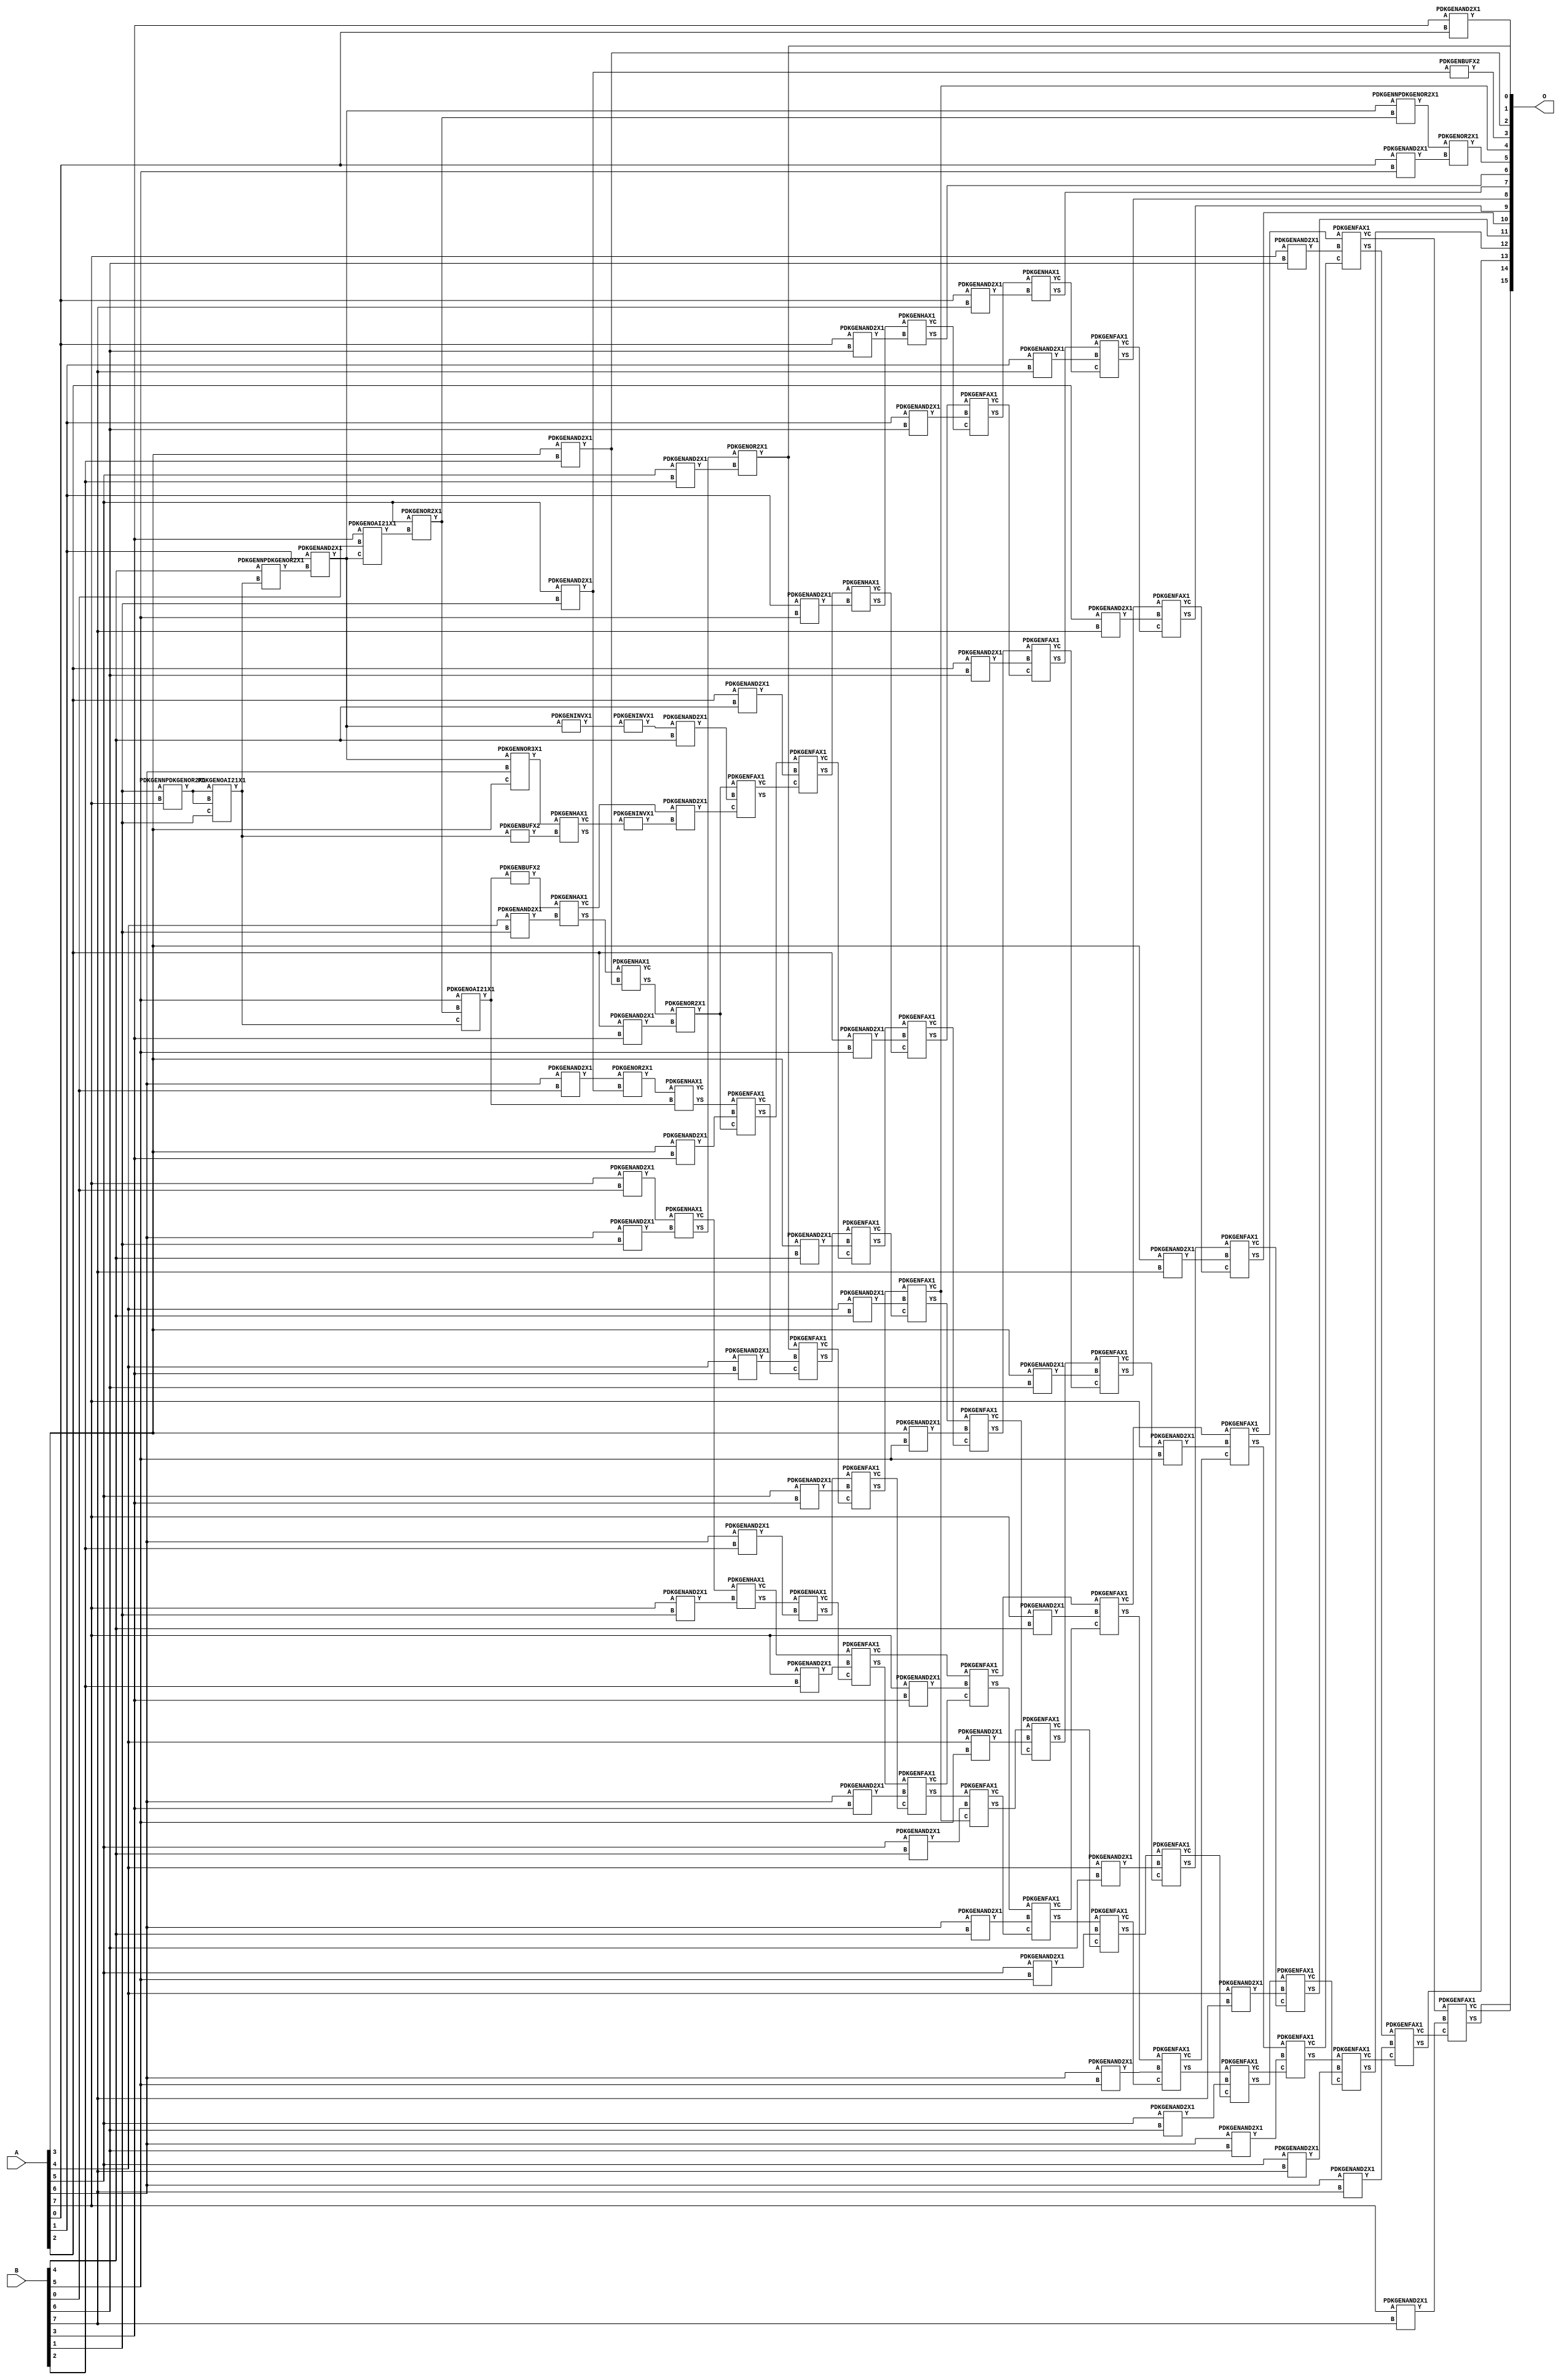
// Library = EvoApprox8b
// Circuit = mul8_390
// Area   (180) = 6845
// Delay  (180) = 4.890
// Power  (180) = 3315.30
// Area   (45) = 500
// Delay  (45) = 1.780
// Power  (45) = 288.90
// Nodes = 111
// HD = 254183
// MAE = 68.21143
// MSE = 10043.36719
// MRE = 1.97 %
// WCE = 460
// WCRE = 112 %
// EP = 94.2 %

module mul8_390(A, B, O);
  input [7:0] A;
  input [7:0] B;
  output [15:0] O;
  wire [2031:0] N;

  assign N[0] = A[0];
  assign N[1] = A[0];
  assign N[2] = A[1];
  assign N[3] = A[1];
  assign N[4] = A[2];
  assign N[5] = A[2];
  assign N[6] = A[3];
  assign N[7] = A[3];
  assign N[8] = A[4];
  assign N[9] = A[4];
  assign N[10] = A[5];
  assign N[11] = A[5];
  assign N[12] = A[6];
  assign N[13] = A[6];
  assign N[14] = A[7];
  assign N[15] = A[7];
  assign N[16] = B[0];
  assign N[17] = B[0];
  assign N[18] = B[1];
  assign N[19] = B[1];
  assign N[20] = B[2];
  assign N[21] = B[2];
  assign N[22] = B[3];
  assign N[23] = B[3];
  assign N[24] = B[4];
  assign N[25] = B[4];
  assign N[26] = B[5];
  assign N[27] = B[5];
  assign N[28] = B[6];
  assign N[29] = B[6];
  assign N[30] = B[7];
  assign N[31] = B[7];

  PDKGENNPDKGENOR2X1 n32(.A(N[18]), .B(N[14]), .Y(N[32]));
  assign N[33] = N[32];
  PDKGENOAI21X1 n34(.A(N[33]), .B(N[32]), .C(N[18]), .Y(N[34]));
  assign N[35] = N[34];
  PDKGENNPDKGENOR2X1 n38(.A(N[24]), .B(N[34]), .Y(N[38]));
  PDKGENAND2X1 n40(.A(N[2]), .B(N[38]), .Y(N[40]));
  assign N[41] = N[40];
  PDKGENOAI21X1 n46(.A(N[22]), .B(N[16]), .C(N[41]), .Y(N[46]));
  PDKGENNOR3X1 n64(.A(N[41]), .B(N[12]), .C(N[6]), .Y(N[64]));
  assign N[65] = N[64];
  PDKGENINVX1 n68(.A(N[41]), .Y(N[68]));
  assign N[69] = N[68];
  PDKGENOR2X1 n74(.A(N[10]), .B(N[46]), .Y(N[74]));
  PDKGENAND2X1 n82(.A(N[6]), .B(N[20]), .Y(N[82]));
  assign N[83] = N[82];
  PDKGENOAI21X1 n102(.A(N[26]), .B(N[74]), .C(N[35]), .Y(N[102]));
  assign N[103] = N[102];
  PDKGENBUFX2 n114(.A(N[103]), .Y(N[114]));
  PDKGENAND2X1 n132(.A(N[12]), .B(N[16]), .Y(N[132]));
  PDKGENBUFX2 n134(.A(N[35]), .Y(N[134]));
  PDKGENAND2X1 n148(.A(N[14]), .B(N[16]), .Y(N[148]));
  PDKGENHAX1 n168(.A(N[65]), .B(N[134]), .YS(N[168]), .YC(N[169]));
  PDKGENNPDKGENOR2X1 n180(.A(N[41]), .B(N[74]), .Y(N[180]));
  assign N[181] = N[180];
  PDKGENAND2X1 n182(.A(N[22]), .B(N[0]), .Y(N[182]));
  PDKGENAND2X1 n232(.A(N[8]), .B(N[18]), .Y(N[232]));
  PDKGENAND2X1 n248(.A(N[10]), .B(N[18]), .Y(N[248]));
  assign N[249] = N[248];
  PDKGENAND2X1 n264(.A(N[12]), .B(N[18]), .Y(N[264]));
  PDKGENAND2X1 n282(.A(N[14]), .B(N[18]), .Y(N[282]));
  PDKGENHAX1 n364(.A(N[114]), .B(N[232]), .YS(N[364]), .YC(N[365]));
  PDKGENOR2X1 n382(.A(N[132]), .B(N[248]), .Y(N[382]));
  PDKGENHAX1 n398(.A(N[148]), .B(N[264]), .YS(N[398]), .YC(N[399]));
  PDKGENHAX1 n414(.A(N[399]), .B(N[282]), .YS(N[414]), .YC(N[415]));
  PDKGENAND2X1 n514(.A(N[10]), .B(N[20]), .Y(N[514]));
  PDKGENAND2X1 n532(.A(N[12]), .B(N[20]), .Y(N[532]));
  PDKGENAND2X1 n548(.A(N[14]), .B(N[20]), .Y(N[548]));
  PDKGENHAX1 n614(.A(N[364]), .B(N[82]), .YS(N[614]), .YC(N[615]));
  PDKGENHAX1 n632(.A(N[382]), .B(N[102]), .YS(N[632]), .YC(N[633]));
  PDKGENOR2X1 n648(.A(N[398]), .B(N[514]), .Y(N[648]));
  assign N[649] = N[648];
  PDKGENHAX1 n664(.A(N[414]), .B(N[532]), .YS(N[664]), .YC(N[665]));
  PDKGENFAX1 n682(.A(N[415]), .B(N[548]), .C(N[665]), .YS(N[682]), .YC(N[683]));
  PDKGENINVX1 n704(.A(N[169]), .Y(N[704]));
  PDKGENAND2X1 n732(.A(N[4]), .B(N[22]), .Y(N[732]));
  PDKGENAND2X1 n748(.A(N[6]), .B(N[22]), .Y(N[748]));
  PDKGENAND2X1 n764(.A(N[8]), .B(N[22]), .Y(N[764]));
  PDKGENAND2X1 n782(.A(N[10]), .B(N[22]), .Y(N[782]));
  PDKGENAND2X1 n798(.A(N[12]), .B(N[22]), .Y(N[798]));
  PDKGENAND2X1 n814(.A(N[14]), .B(N[22]), .Y(N[814]));
  PDKGENBUFX2 n832(.A(N[249]), .Y(N[832]));
  PDKGENINVX1 n844(.A(N[69]), .Y(N[844]));
  assign N[845] = N[844];
  PDKGENOR2X1 n864(.A(N[614]), .B(N[732]), .Y(N[864]));
  assign N[865] = N[864];
  PDKGENFAX1 n882(.A(N[632]), .B(N[748]), .C(N[865]), .YS(N[882]), .YC(N[883]));
  PDKGENFAX1 n898(.A(N[648]), .B(N[764]), .C(N[883]), .YS(N[898]), .YC(N[899]));
  PDKGENFAX1 n914(.A(N[664]), .B(N[782]), .C(N[899]), .YS(N[914]), .YC(N[915]));
  PDKGENFAX1 n932(.A(N[682]), .B(N[798]), .C(N[915]), .YS(N[932]), .YC(N[933]));
  PDKGENFAX1 n948(.A(N[683]), .B(N[814]), .C(N[933]), .YS(N[948]), .YC(N[949]));
  PDKGENAND2X1 n982(.A(N[845]), .B(N[24]), .Y(N[982]));
  PDKGENAND2X1 n998(.A(N[4]), .B(N[24]), .Y(N[998]));
  PDKGENAND2X1 n1014(.A(N[6]), .B(N[24]), .Y(N[1014]));
  PDKGENAND2X1 n1032(.A(N[8]), .B(N[24]), .Y(N[1032]));
  PDKGENAND2X1 n1048(.A(N[10]), .B(N[24]), .Y(N[1048]));
  PDKGENAND2X1 n1064(.A(N[12]), .B(N[24]), .Y(N[1064]));
  PDKGENAND2X1 n1082(.A(N[14]), .B(N[24]), .Y(N[1082]));
  PDKGENAND2X1 n1098(.A(N[365]), .B(N[704]), .Y(N[1098]));
  assign N[1099] = N[1098];
  PDKGENFAX1 n1114(.A(N[864]), .B(N[982]), .C(N[1099]), .YS(N[1114]), .YC(N[1115]));
  PDKGENFAX1 n1132(.A(N[882]), .B(N[998]), .C(N[1115]), .YS(N[1132]), .YC(N[1133]));
  PDKGENFAX1 n1148(.A(N[898]), .B(N[1014]), .C(N[1133]), .YS(N[1148]), .YC(N[1149]));
  PDKGENFAX1 n1164(.A(N[914]), .B(N[1032]), .C(N[1149]), .YS(N[1164]), .YC(N[1165]));
  PDKGENFAX1 n1182(.A(N[932]), .B(N[1048]), .C(N[1165]), .YS(N[1182]), .YC(N[1183]));
  PDKGENFAX1 n1198(.A(N[948]), .B(N[1064]), .C(N[1183]), .YS(N[1198]), .YC(N[1199]));
  PDKGENFAX1 n1214(.A(N[949]), .B(N[1082]), .C(N[1199]), .YS(N[1214]), .YC(N[1215]));
  PDKGENAND2X1 n1232(.A(N[0]), .B(N[26]), .Y(N[1232]));
  PDKGENAND2X1 n1248(.A(N[2]), .B(N[26]), .Y(N[1248]));
  PDKGENAND2X1 n1264(.A(N[4]), .B(N[26]), .Y(N[1264]));
  PDKGENAND2X1 n1282(.A(N[6]), .B(N[26]), .Y(N[1282]));
  PDKGENAND2X1 n1298(.A(N[8]), .B(N[26]), .Y(N[1298]));
  PDKGENAND2X1 n1314(.A(N[10]), .B(N[26]), .Y(N[1314]));
  PDKGENAND2X1 n1332(.A(N[12]), .B(N[26]), .Y(N[1332]));
  PDKGENAND2X1 n1348(.A(N[14]), .B(N[26]), .Y(N[1348]));
  PDKGENOR2X1 n1364(.A(N[181]), .B(N[1232]), .Y(N[1364]));
  PDKGENHAX1 n1382(.A(N[1132]), .B(N[1248]), .YS(N[1382]), .YC(N[1383]));
  PDKGENFAX1 n1398(.A(N[1148]), .B(N[1264]), .C(N[1383]), .YS(N[1398]), .YC(N[1399]));
  PDKGENFAX1 n1414(.A(N[1164]), .B(N[1282]), .C(N[1399]), .YS(N[1414]), .YC(N[1415]));
  PDKGENFAX1 n1432(.A(N[1182]), .B(N[1298]), .C(N[1415]), .YS(N[1432]), .YC(N[1433]));
  PDKGENFAX1 n1448(.A(N[1198]), .B(N[1314]), .C(N[1433]), .YS(N[1448]), .YC(N[1449]));
  PDKGENFAX1 n1464(.A(N[1214]), .B(N[1332]), .C(N[1449]), .YS(N[1464]), .YC(N[1465]));
  PDKGENFAX1 n1482(.A(N[1215]), .B(N[1348]), .C(N[1465]), .YS(N[1482]), .YC(N[1483]));
  PDKGENAND2X1 n1498(.A(N[0]), .B(N[28]), .Y(N[1498]));
  PDKGENAND2X1 n1514(.A(N[2]), .B(N[28]), .Y(N[1514]));
  PDKGENAND2X1 n1532(.A(N[4]), .B(N[28]), .Y(N[1532]));
  PDKGENAND2X1 n1548(.A(N[6]), .B(N[28]), .Y(N[1548]));
  PDKGENAND2X1 n1564(.A(N[8]), .B(N[28]), .Y(N[1564]));
  PDKGENAND2X1 n1582(.A(N[10]), .B(N[28]), .Y(N[1582]));
  PDKGENAND2X1 n1598(.A(N[12]), .B(N[28]), .Y(N[1598]));
  PDKGENAND2X1 n1614(.A(N[14]), .B(N[28]), .Y(N[1614]));
  PDKGENHAX1 n1632(.A(N[1382]), .B(N[1498]), .YS(N[1632]), .YC(N[1633]));
  PDKGENFAX1 n1648(.A(N[1398]), .B(N[1514]), .C(N[1633]), .YS(N[1648]), .YC(N[1649]));
  PDKGENFAX1 n1664(.A(N[1414]), .B(N[1532]), .C(N[1649]), .YS(N[1664]), .YC(N[1665]));
  PDKGENFAX1 n1682(.A(N[1432]), .B(N[1548]), .C(N[1665]), .YS(N[1682]), .YC(N[1683]));
  PDKGENFAX1 n1698(.A(N[1448]), .B(N[1564]), .C(N[1683]), .YS(N[1698]), .YC(N[1699]));
  PDKGENFAX1 n1714(.A(N[1464]), .B(N[1582]), .C(N[1699]), .YS(N[1714]), .YC(N[1715]));
  PDKGENFAX1 n1732(.A(N[1482]), .B(N[1598]), .C(N[1715]), .YS(N[1732]), .YC(N[1733]));
  PDKGENFAX1 n1748(.A(N[1483]), .B(N[1614]), .C(N[1733]), .YS(N[1748]), .YC(N[1749]));
  PDKGENAND2X1 n1764(.A(N[0]), .B(N[30]), .Y(N[1764]));
  PDKGENAND2X1 n1782(.A(N[2]), .B(N[30]), .Y(N[1782]));
  PDKGENAND2X1 n1798(.A(N[4]), .B(N[30]), .Y(N[1798]));
  PDKGENAND2X1 n1814(.A(N[6]), .B(N[30]), .Y(N[1814]));
  PDKGENAND2X1 n1832(.A(N[8]), .B(N[30]), .Y(N[1832]));
  PDKGENAND2X1 n1848(.A(N[10]), .B(N[30]), .Y(N[1848]));
  PDKGENAND2X1 n1864(.A(N[12]), .B(N[30]), .Y(N[1864]));
  PDKGENAND2X1 n1882(.A(N[14]), .B(N[30]), .Y(N[1882]));
  PDKGENHAX1 n1898(.A(N[1648]), .B(N[1764]), .YS(N[1898]), .YC(N[1899]));
  PDKGENFAX1 n1914(.A(N[1664]), .B(N[1782]), .C(N[1899]), .YS(N[1914]), .YC(N[1915]));
  PDKGENFAX1 n1932(.A(N[1682]), .B(N[1798]), .C(N[1915]), .YS(N[1932]), .YC(N[1933]));
  PDKGENFAX1 n1948(.A(N[1698]), .B(N[1814]), .C(N[1933]), .YS(N[1948]), .YC(N[1949]));
  PDKGENFAX1 n1964(.A(N[1714]), .B(N[1832]), .C(N[1949]), .YS(N[1964]), .YC(N[1965]));
  PDKGENFAX1 n1982(.A(N[1732]), .B(N[1848]), .C(N[1965]), .YS(N[1982]), .YC(N[1983]));
  PDKGENFAX1 n1998(.A(N[1748]), .B(N[1864]), .C(N[1983]), .YS(N[1998]), .YC(N[1999]));
  PDKGENFAX1 n2014(.A(N[1749]), .B(N[1882]), .C(N[1999]), .YS(N[2014]), .YC(N[2015]));

  assign O[0] = N[649];
  assign O[1] = N[182];
  assign O[2] = N[83];
  assign O[3] = N[832];
  assign O[4] = N[1165];
  assign O[5] = N[1364];
  assign O[6] = N[1632];
  assign O[7] = N[1898];
  assign O[8] = N[1914];
  assign O[9] = N[1932];
  assign O[10] = N[1948];
  assign O[11] = N[1964];
  assign O[12] = N[1982];
  assign O[13] = N[1998];
  assign O[14] = N[2014];
  assign O[15] = N[2015];

endmodule
/* mod */
module PDKGENOAI21X1( input A, input B, input C, output Y );
    assign Y = ~((A | B) & C);
endmodule
/* mod */
module PDKGENHAX1( input A, input B, output YS, output YC );
    assign YS = A ^ B;
    assign YC = A & B;
endmodule
/* mod */
module PDKGENNOR3X1(input A, input B, input C, output Y );
     assign Y = ~((A | B) | C);
endmodule
/* mod */
module PDKGENAND2X1(input A, input B, output Y );
     assign Y = A & B;
endmodule
/* mod */
module PDKGENINVX1(input A, output Y );
     assign Y = ~A;
endmodule
/* mod */
module PDKGENNPDKGENOR2X1(input A, input B, output Y );
     assign Y = ~(A | B);
endmodule
/* mod */
module PDKGENFAX1( input A, input B, input C, output YS, output YC );
    assign YS = (A ^ B) ^ C;
    assign YC = (A & B) | (B & C) | (A & C);
endmodule
/* mod */
module PDKGENBUFX2(input A, output Y );
     assign Y = A;
endmodule
/* mod */
module PDKGENOR2X1(input A, input B, output Y );
     assign Y = A | B;
endmodule